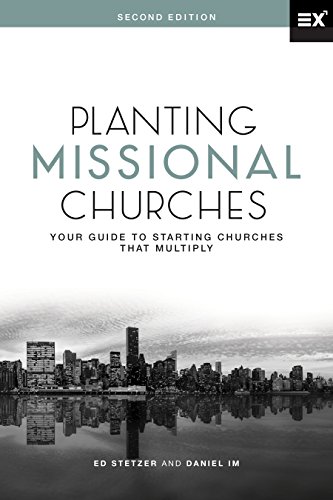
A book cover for Planting Missional Churches: Your Guide to Starting Churches that Multiply; Ed Stetzer; Christian Books & Bibles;